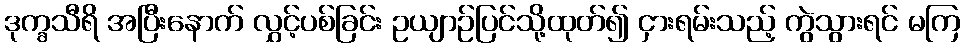
ဒုက္ခသီရိ အပြီးနောက် လွှင့်ပစ်ခြင်း ဥယျာဉ်ပြင်သို့ထုတ်၍ ငှားရမ်းသည့် ကွဲသွားရင် မကြ